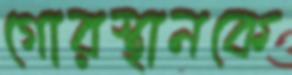
গোরস্থানকে